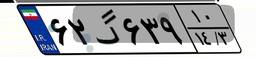
۶۲گ۶۳۹۱۰